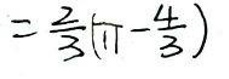
$= \frac{2}{3} ( \pi - \frac{4}{3} )$